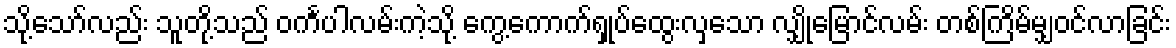
သို့သော်လည်း သူတို့သည် ဝင်္ကပါလမ်းကဲ့သို့ ကွေ့ကောက်ရှုပ်ထွေးလှသော လျှိုမြောင်လမ်း တစ်ကြိမ်မျှဝင်လာခြင်း